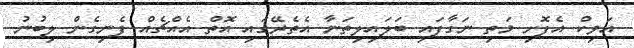
އަވިކް އެފޮށި މަތި ނަގާފައި ބަލައިލިތަނާ އެތެރޭގައި އޮތް އެއްޗެއް ފެނިގެން ލިބުނު